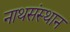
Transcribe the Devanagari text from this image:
नाथसंस्थान